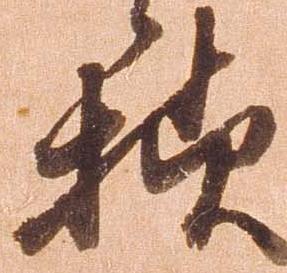
様